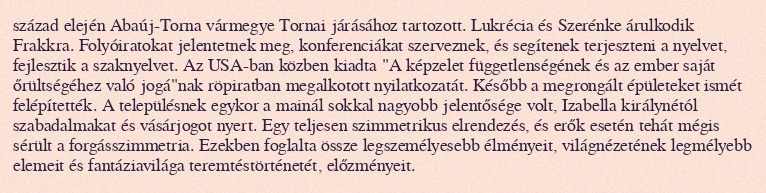
század elején Abaúj-Torna vármegye Tornai járásához tartozott. Lukrécia és Szerénke árulkodik Frakkra. Folyóiratokat jelentetnek meg, konferenciákat szerveznek, és segítenek terjeszteni a nyelvet, fejlesztik a szaknyelvet. Az USA-ban közben kiadta "A képzelet függetlenségének és az ember saját őrültségéhez való jogá"nak röpiratban megalkotott nyilatkozatát. Később a megrongált épületeket ismét felépítették. A településnek egykor a mainál sokkal nagyobb jelentősége volt, Izabella királynétól szabadalmakat és vásárjogot nyert. Egy teljesen szimmetrikus elrendezés, és erők esetén tehát mégis sérült a forgásszimmetria. Ezekben foglalta össze legszemélyesebb élményeit, világnézetének legmélyebb elemeit és fantáziavilága teremtéstörténetét, előzményeit.